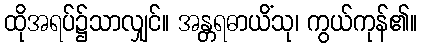
ထိုအရပ်၌သာလျှင်။ အန္တရဓာယိံသု၊ ကွယ်ကုန်၏။